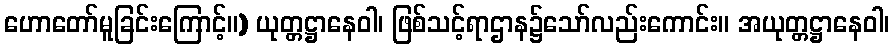
ဟောတော်မူခြင်းကြောင့်။) ယုတ္တဋ္ဌာနေဝါ၊ ဖြစ်သင့်ရာဌာန၌သော်လည်းကောင်း။ အယုတ္တဋ္ဌာနေဝါ၊